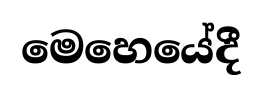
මෙහෙයේදී